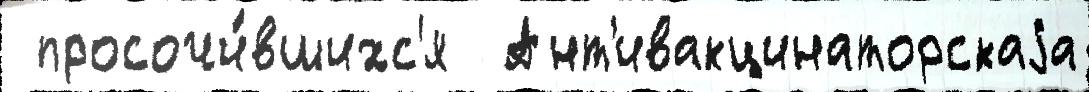
 просочи́вшихс'я  Ант'ивакцинаторскаjа